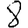
Digit: 8